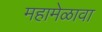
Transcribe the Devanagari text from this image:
महामेळावा